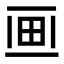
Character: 𤰱